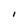
Character: I